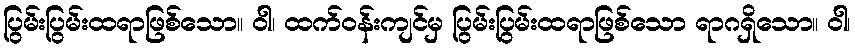
ပြွမ်းပြွမ်းထရာဖြစ်သော။ ဝါ၊ ထက်ဝန်းကျင်မှ ပြွမ်းပြွမ်းထရာဖြစ်သော ရာဂရှိသော။ ဝါ၊